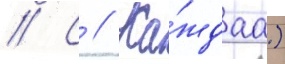
// С // Ка́ждаа)